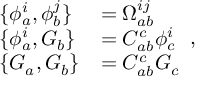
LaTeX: \begin{array} { l l } { { \{ \phi _ { a } ^ { i } , \phi _ { b } ^ { j } \} } } & { { = \Omega _ { a b } ^ { i j } } } \\ { { \{ \phi _ { a } ^ { i } , G _ { b } \} } } & { { = C _ { a b } ^ { c } \phi _ { c } ^ { i } } } \\ { { \{ G _ { a } , G _ { b } \} } } & { { = C _ { a b } ^ { c } G _ { c } } } \end{array} ,